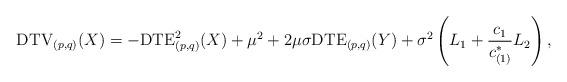
LaTeX: \begin{align*} &\mathrm{DTV}_{(p,q)}(X)=-\mathrm{DTE}_{(p,q)}^{2}(X)+\mu^{2}+2\mu\sigma\mathrm{DTE}_{(p,q)}(Y)+\sigma^{2}\left(L_{1}+\frac{c_{1}}{c_{(1)}^{\ast}}L_{2}\right),\end{align*}